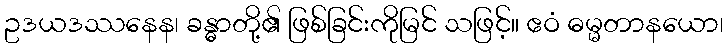
ဥဒယဒဿနေန၊ ခန္ဓာတို့၏ ဖြစ်ခြင်းကိုမြင် သဖြင့်။ ဧဝံ ဓမ္မတာနယော၊